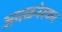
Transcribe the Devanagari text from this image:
अमळनेरकर